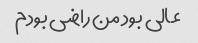
عالی بود من راضی بودم